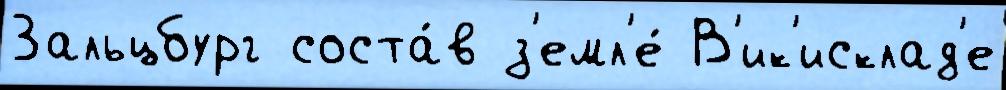
Зальцбург соста́в з'емл'е́ В'ик'исклад'е